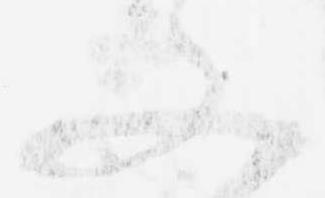
又